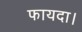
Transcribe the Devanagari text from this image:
फायदा।